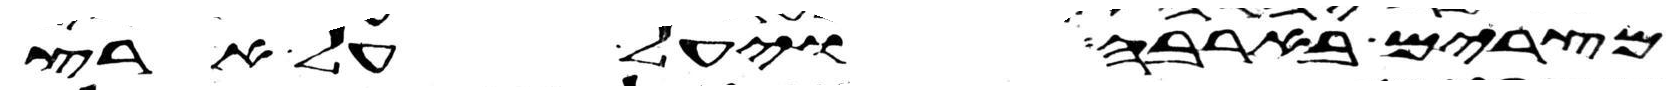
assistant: מצרים בארבה ויעל על ארץ